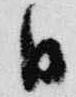
日